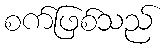
စက်ဖြစ်သည်